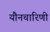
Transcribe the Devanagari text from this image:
यौनचारिणी